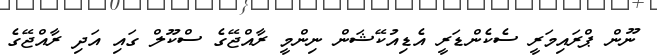
ނޫން ޕްރަައިމަރީ ސެކެންޑަރީ އެޑިއުކޭޝަން ނިންމީ ރާއްޖޭގެ ސްކޫލް ގައި އަދި ރާއްޖޭގެ